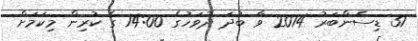
31 ޑިސެންބަރު 2014 ވާ ބުދަ ދުވަހުގެ 14:00 ގެ ކުރިން މިކަމަށް